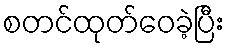
စတင်ထုတ်ဝေခဲ့ပြီး